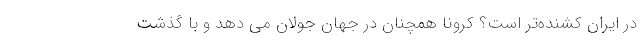
در ایران کُشنده‌تر است؟ کرونا همچنان در جهان جولان می دهد و با گذشت